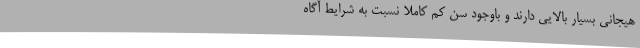
هیجانی بسیار بالایی دارند و باوجود سن کم کاملا نسبت به شرایط آگاه